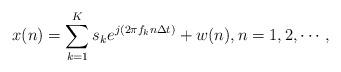
LaTeX: \begin{align*} x(n) =\sum\limits_{k = 1}^K {{ s_k}{e^{j(2\pi {f_k}n\Delta t)}} + w(n)},n=1,2,\cdots,\end{align*}